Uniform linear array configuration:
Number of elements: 12
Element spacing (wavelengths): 0.5
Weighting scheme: blackman
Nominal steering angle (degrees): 0
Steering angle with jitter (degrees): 0.1036
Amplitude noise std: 0.05
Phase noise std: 0.05

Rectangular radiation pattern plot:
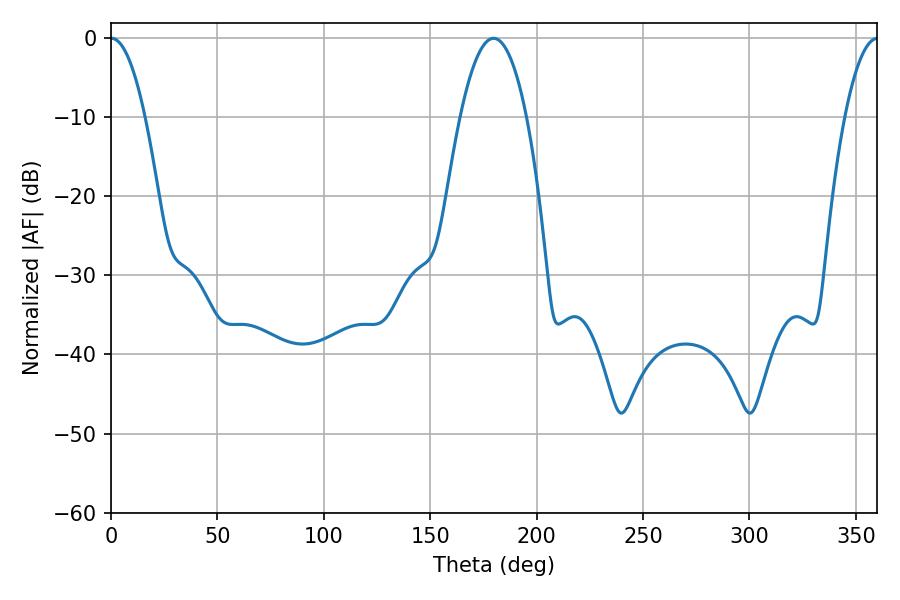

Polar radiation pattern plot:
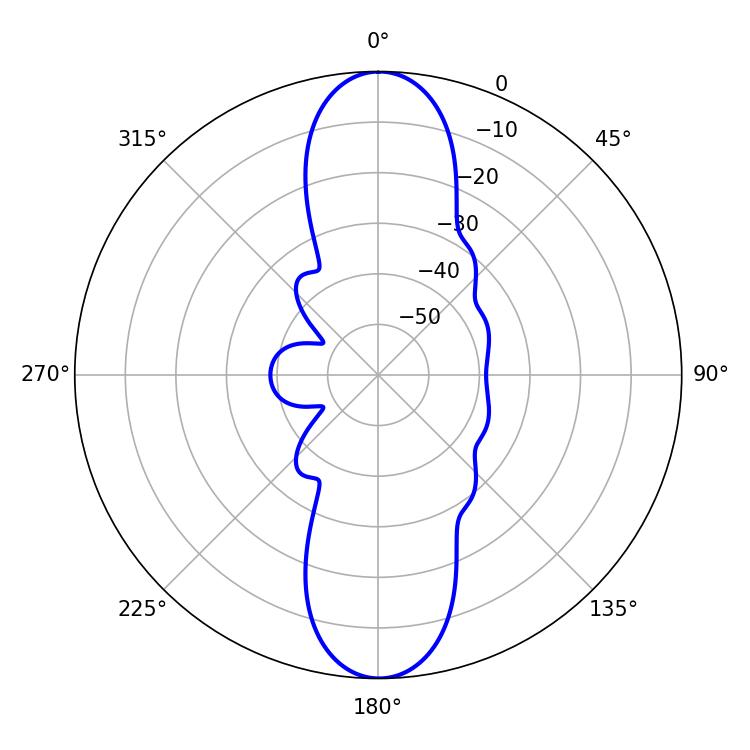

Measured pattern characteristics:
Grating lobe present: FALSE
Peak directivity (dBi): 26.626
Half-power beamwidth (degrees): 8.82
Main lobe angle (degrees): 0.18